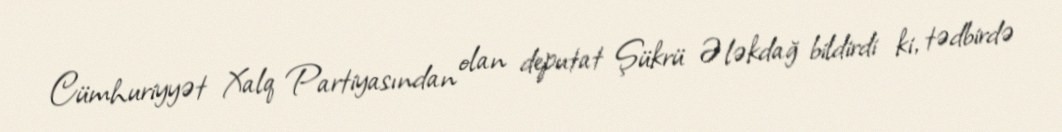
Cümhuriyyət Xalq Partiyasından olan deputat Şükrü Ələkdağ bildirdi ki, tədbirdə